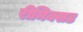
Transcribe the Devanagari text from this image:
रीमिक्सड